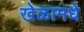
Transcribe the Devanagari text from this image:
खेळामधे